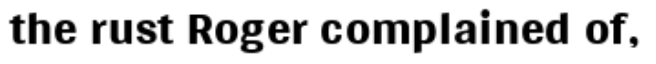
the rust Roger complained of,